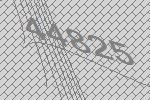
44825